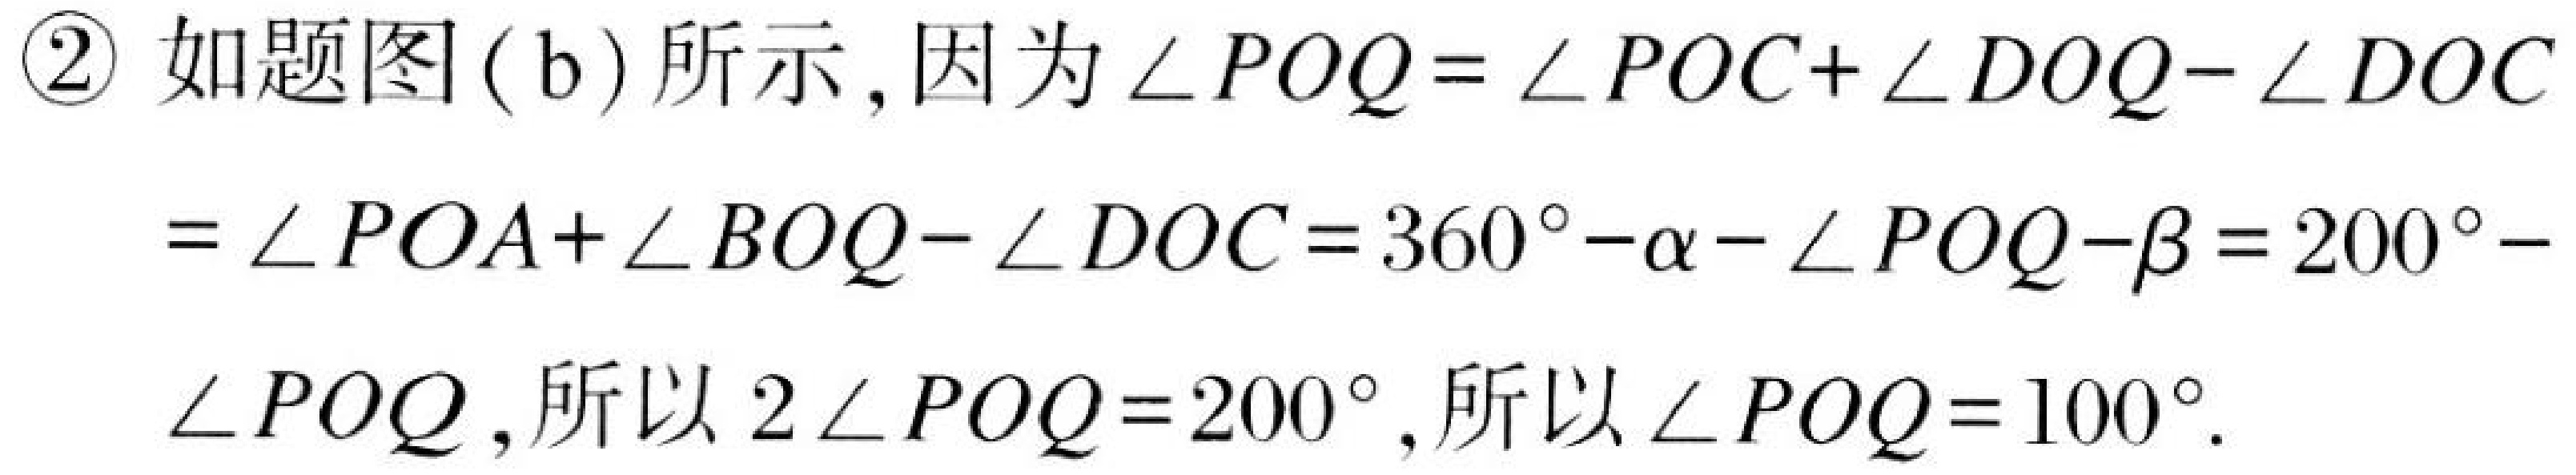
\textcircled{2} 如题图(b)所示,因为$\angle POQ = \angle POC+\angle DOQ - \angle DOC$
$= \angle POA+\angle BOQ - \angle DOC=360^{\circ}-\alpha-\angle POQ-\beta = 200^{\circ}-$
$\angle POQ$,所以$2\angle POQ = 200^{\circ}$,所以$\angle POQ = 100^{\circ}$.